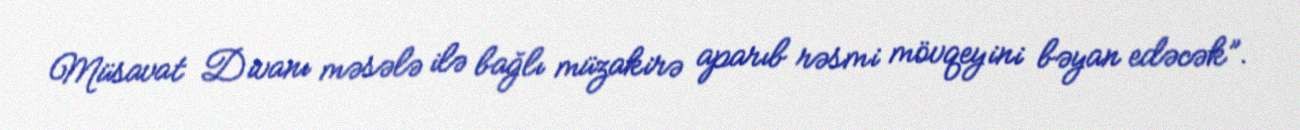
Müsavat Divanı məsələ ilə bağlı müzakirə aparıb rəsmi mövqeyini bəyan edəcək”.